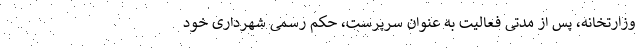
وزارتخانه، پس از مدتی فعالیت به عنوان سرپرست، حکم رسمی شهرداری خود